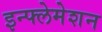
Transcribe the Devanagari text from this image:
इन्फ्लेमेशन